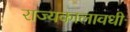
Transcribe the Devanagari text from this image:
राज्यकालावधी